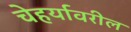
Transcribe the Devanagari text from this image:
चेहर्यावरील